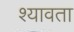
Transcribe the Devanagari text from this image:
श्यावता